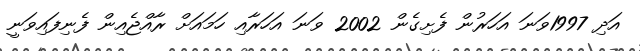
އަދި 1997ވަނަ އަހަރުން ފެށިގެން 2002 ވަނަ އަހަރާއި ހަމައަށް ރާއްޖެއިން ފެނިފައިވަނީ